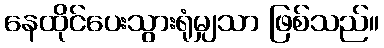
နေထိုင်ပေးသွားရုံမျှသာ ဖြစ်သည်။